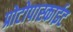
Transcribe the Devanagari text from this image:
प्रोटोपास्काईट